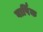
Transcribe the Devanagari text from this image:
बार्षिक